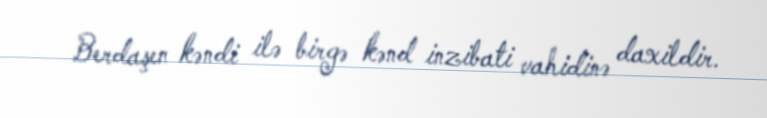
Berdaşen kəndi ilə birgə kənd inzibati vahidinə daxildir.